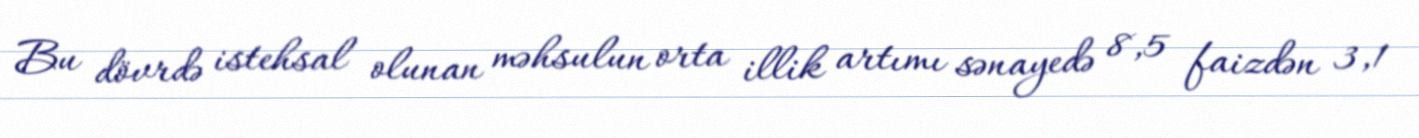
Bu dövrdə istehsal olunan məhsulun orta illik artımı sənayedə 8,5 faizdən 3,1